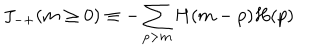
J _ { - + } ( m \ge 0 ) \equiv - \sum _ { p > m } H ( m - p ) H ( p )